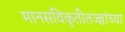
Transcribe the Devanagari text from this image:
मानसविकृतीतज्ज्ञांच्या